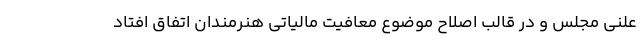
علنی مجلس و در قالب اصلاح موضوع معافیت مالیاتی هنرمندان اتفاق افتاد